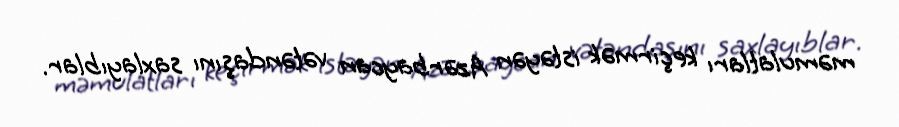
məmulatları keçirmək istəyən Azərbaycan vətəndaşını saxlayıblar.